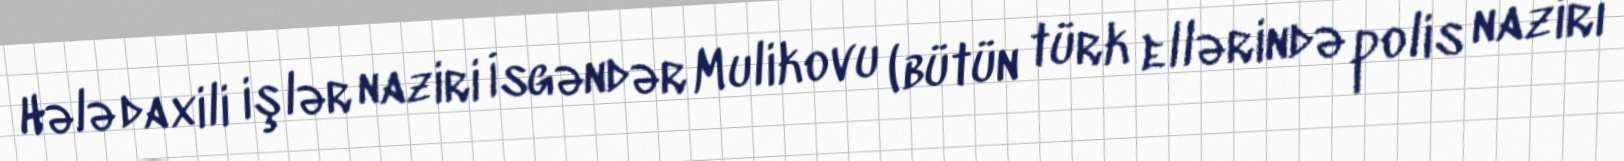
Hələ daxili işlər naziri İsgəndər Mulikovu (bütün türk ellərində polis naziri